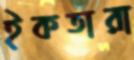
ইকতারা